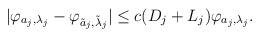
LaTeX: \begin{align*}\vert \varphi_{ a_{j}, \lambda_{j}}-\varphi_{\tilde a_{j}, \tilde \lambda_{j}}\vert \leq c( D_{j} + L_{j})\varphi_{a_{j}, \lambda_{j}}.\end{align*}